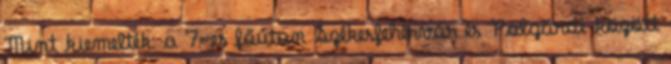
Mint kiemelték: a 7-es főúton Székesfehérvár és Polgárdi között